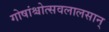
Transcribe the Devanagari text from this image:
गोषांश्चोत्सवलालसान्‌